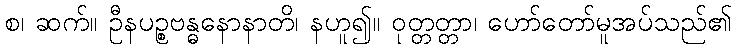
စ၊ ဆက်။ ဦနပဉ္စဗန္ဓနောနာတိ၊ နဟူ၍။ ဝုတ္တတ္တာ၊ ဟော်တော်မူအပ်သည်၏